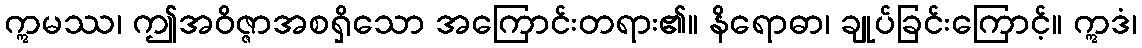
ဣမဿ၊ ဤအဝိဇ္ဇာအစရှိသော အကြောင်းတရား၏။ နိရောဓာ၊ ချုပ်ခြင်းကြောင့်။ ဣဒံ၊